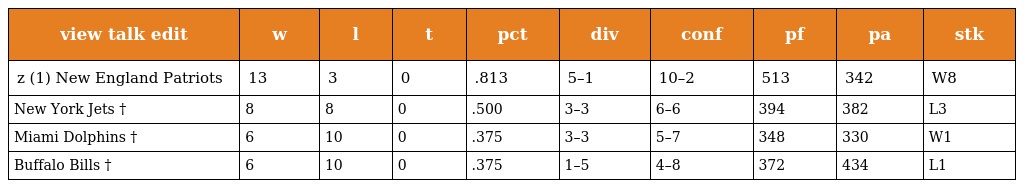
| view talk edit | w | l | t | pct | div | conf | pf | pa | stk |
 | --- | --- | --- | --- | --- | --- | --- | --- | --- | --- |
 | z (1) New England Patriots | 13 | 3 | 0 | .813 | 5–1 | 10–2 | 513 | 342 | W8 |
 | New York Jets † | 8 | 8 | 0 | .500 | 3–3 | 6–6 | 394 | 382 | L3 |
 | Miami Dolphins † | 6 | 10 | 0 | .375 | 3–3 | 5–7 | 348 | 330 | W1 |
 | Buffalo Bills † | 6 | 10 | 0 | .375 | 1–5 | 4–8 | 372 | 434 | L1 |